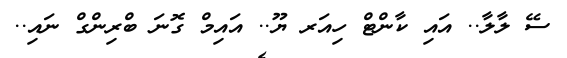
ސޭ ލާލާ.. އައި ކާންޓް ހިއަރ ޔޫ.. އައިމް ގޮނަ ބްރިންގް ނައި..